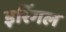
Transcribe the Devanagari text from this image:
इरिंगल